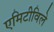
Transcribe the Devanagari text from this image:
एमिटीविले